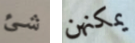
شئ يمكنهن